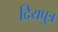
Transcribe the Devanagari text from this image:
दियपुत्र